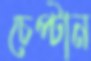
চেপ্‌টান